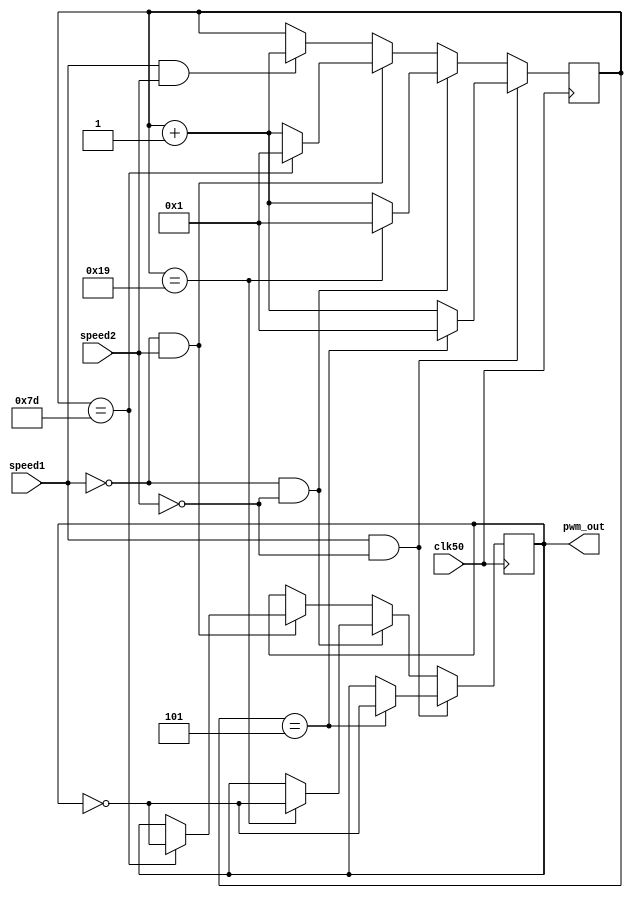
`timescale 1ns / 1ps
//////////////////////////////////////////////////////////////////////////////////
// Company: 
// 
// Design Name: 
// Module Name:    divi_clk 
// Project Name: 
// Target Devices: 
// Tool versions: 
// Description: 
//
// Dependencies: 
//
// Revision: 
// Revision 0.01 - File Created
// Additional Comments: 
//
//////////////////////////////////////////////////////////////////////////////////
module divi_clk(
input clk50,
input speed1, speed2,

output reg pwm_out
    );
	 //count
reg [10:0] counter;
initial 
begin 
counter <=1;
pwm_out<=0;
end
always @ (posedge clk50)
if (speed1==1 && speed2==0)
begin
 if (counter==5)//5mhz
      begin
	    pwm_out<=~pwm_out;
		 counter<=1;
		 end 
		 else
		  counter<=counter+1;
		 end
		 else if (speed1==0 &&speed2==0)
		 begin
		 if (counter ==25)//1mhz
		 begin
		 pwm_out<=~pwm_out;
		 counter<=1;
		 end
		  else 
		 counter<=counter+1;
		  end
		 else if (speed1==0&& speed2==1)
		 begin
		 if (counter ==125)//1mhz/2
		 begin
		 pwm_out<=~pwm_out;
		 counter<=1;
		 end
		  else 
		   counter<=counter+1;
		 end
		 else if (speed1==1&& speed2==1)
		 begin
		 if (counter ==25525)//1mhz/2
		 begin
		 pwm_out<=~pwm_out;
		 counter<=1;
		 end
		  else 
		 counter<=counter+1;
		 end
 endmodule